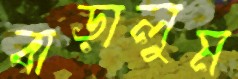
বাড়ালুম